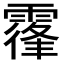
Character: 𩄦